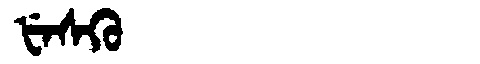
Manchu: ᡶᡝᠰᡴᡠ
Romanization: FESKU